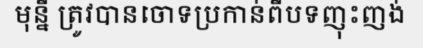
មុន្នី ត្រូវបានចោទប្រកាន់ពីបទញុះញង់